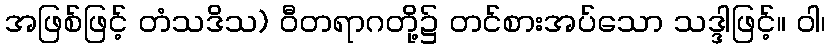
အဖြစ်ဖြင့် တံသဒိသ) ဝီတရာဂတို့၌ တင်စားအပ်သော သဒ္ဒါဖြင့်။ ဝါ၊